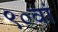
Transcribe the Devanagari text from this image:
९०वां